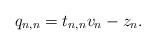
LaTeX: \begin{align*} q_{n,n}= t_{n,n}v_n - z_n.\end{align*}